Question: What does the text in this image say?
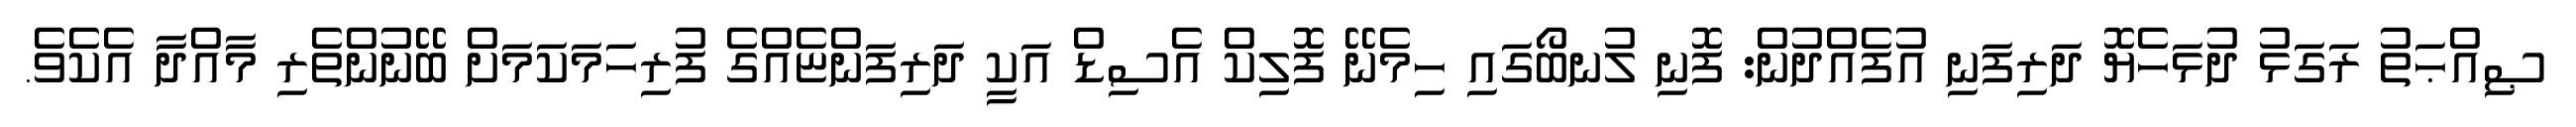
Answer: ޞިއްޙަތު ރަގަޅު ދުޅަހެޔޮ ދަރިފަނި އުފެއްދުން: ފޮނި ލުނބޯގައި ހިމެނޭ ފޮލިކް އެސިޑް އަކީ ދަރިފަންޏެއްގެ ފުރިހަމަކަމަށް ބޭނުންތެރި މާއްދާ އެކެވެ.